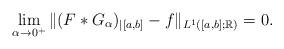
LaTeX: \begin{align*}\lim_{\alpha\to 0^+} \|(F*G_\alpha)_{|[a,b]}-f\|_{L^1([a,b];\mathbb{R})}=0.\end{align*}